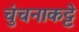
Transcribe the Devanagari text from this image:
चुंचनाकट्टे